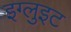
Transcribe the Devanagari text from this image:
इग्लुइट